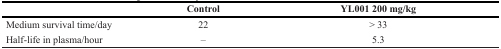
<table><thead><tr><td></td><td><b>Control</b></td><td><b>YL001 200 mg/kg</b></td></tr></thead><tbody><tr><td>Medium survival time/day</td><td>22</td><td>&gt; 33</td></tr><tr><td>Half-life in plasma/hour</td><td>–</td><td>5.3</td></tr></tbody></table>